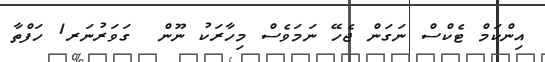
އިންކަމް ޓެކްސް ނަގަން ޖެހޭ ނަމަވެސް މިހާރަކު ނޫން  ގަވަރުނަރ1 ހަފްތާ